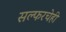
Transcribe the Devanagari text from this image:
सल्फरचेही